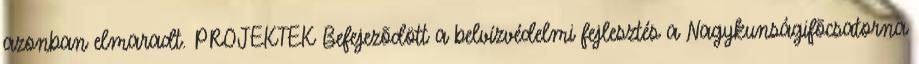
azonban elmaradt. PROJEKTEK Befejezõdött a belvízvédelmi fejlesztés a Nagykunságifõcsatorna